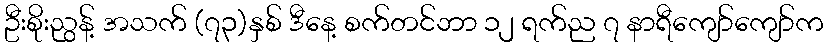
ဦးစိုးညွန့် အသက် (၇၃)နှစ် ဒီနေ့ စက်တင်ဘာ ၁၂ ရက်ည ၇ နာရီကျော်ကျော်က